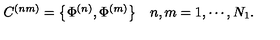
\begin{array} { l r } { C ^ { ( n m ) } = \left\{ \Phi ^ { ( n ) } , \Phi ^ { ( m ) } \right\} } & { n , m = 1 , \cdots , N _ { 1 } . } \\ \end{array}